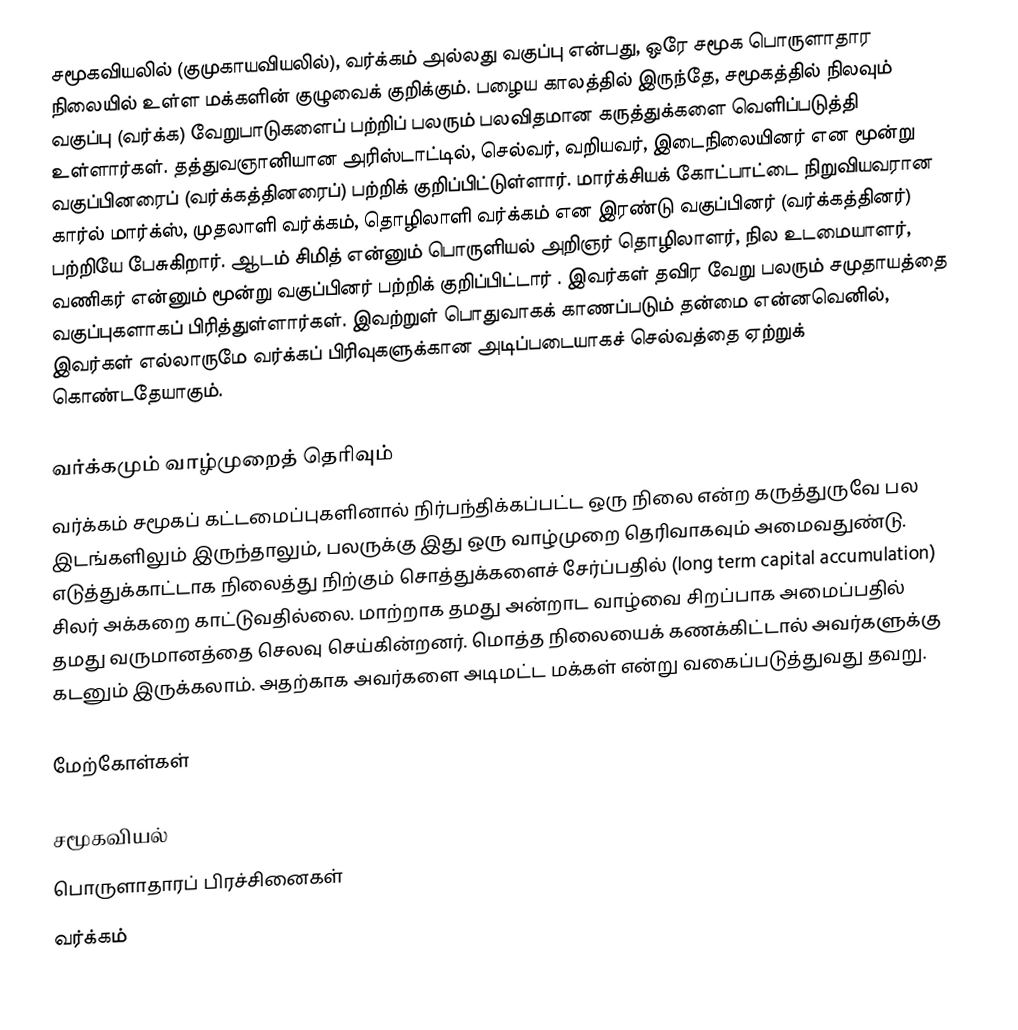
சமூகவியலில் (குமுகாயவியலில்), வர்க்கம் அல்லது வகுப்பு என்பது, ஒரே சமூக பொருளாதார நிலையில் உள்ள மக்களின் குழுவைக் குறிக்கும். பழைய காலத்தில் இருந்தே, சமூகத்தில் நிலவும் வகுப்பு (வர்க்க) வேறுபாடுகளைப் பற்றிப் பலரும் பலவிதமான கருத்துக்களை வெளிப்படுத்தி உள்ளார்கள். தத்துவஞானியான அரிஸ்டாட்டில், செல்வர், வறியவர், இடைநிலையினர் என மூன்று வகுப்பினரைப் (வர்க்கத்தினரைப்) பற்றிக் குறிப்பிட்டுள்ளார். மார்க்சியக் கோட்பாட்டை நிறுவியவரான கார்ல் மார்க்ஸ், முதலாளி வர்க்கம், தொழிலாளி வர்க்கம் என இரண்டு வகுப்பினர் (வர்க்கத்தினர்) பற்றியே பேசுகிறார். ஆடம் சிமித் என்னும் பொருளியல் அறிஞர் தொழிலாளர், நில உடமையாளர், வணிகர் என்னும் மூன்று வகுப்பினர் பற்றிக் குறிப்பிட்டார் . இவர்கள் தவிர வேறு பலரும் சமுதாயத்தை வகுப்புகளாகப் பிரித்துள்ளார்கள். இவற்றுள் பொதுவாகக் காணப்படும் தன்மை என்னவெனில், இவர்கள் எல்லாருமே வர்க்கப் பிரிவுகளுக்கான அடிப்படையாகச் செல்வத்தை ஏற்றுக் கொண்டதேயாகும்.

வர்க்கமும் வாழ்முறைத் தெரிவும்
வர்க்கம் சமூகப் கட்டமைப்புகளினால் நிர்பந்திக்கப்பட்ட ஒரு நிலை என்ற கருத்துருவே பல இடங்களிலும் இருந்தாலும், பலருக்கு இது ஒரு வாழ்முறை தெரிவாகவும் அமைவதுண்டு.  எடுத்துக்காட்டாக நிலைத்து நிற்கும் சொத்துக்களைச் சேர்ப்பதில் (long term capital accumulation) சிலர் அக்கறை காட்டுவதில்லை.  மாற்றாக தமது அன்றாட வாழ்வை சிறப்பாக அமைப்பதில் தமது வருமானத்தை செலவு செய்கின்றனர்.  மொத்த நிலையைக் கணக்கிட்டால் அவர்களுக்கு கடனும் இருக்கலாம்.  அதற்காக அவர்களை அடிமட்ட மக்கள் என்று வகைப்படுத்துவது தவறு.

மேற்கோள்கள்

சமூகவியல்
பொருளாதாரப் பிரச்சினைகள்
வர்க்கம்